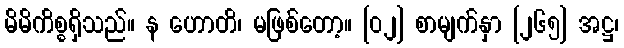
မိမိကိစ္စရှိသည်။ န ဟောတိ၊ မဖြစ်တော့။ [၀၂] စာမျက်နှာ [၂၆၅] အဋ္ဌ၊